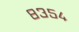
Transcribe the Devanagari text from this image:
८३५४